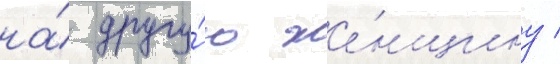
на́ другу́ю же́нщину /